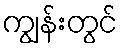
ကျွန်းတွင်